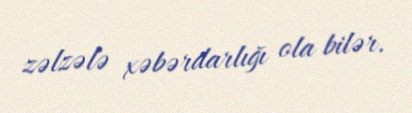
zəlzələ xəbərdarlığı ola bilər.